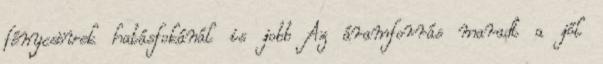
fénycsövek hatásfokánál is jobb Az áramforrás maradt a jól